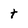
Character: t